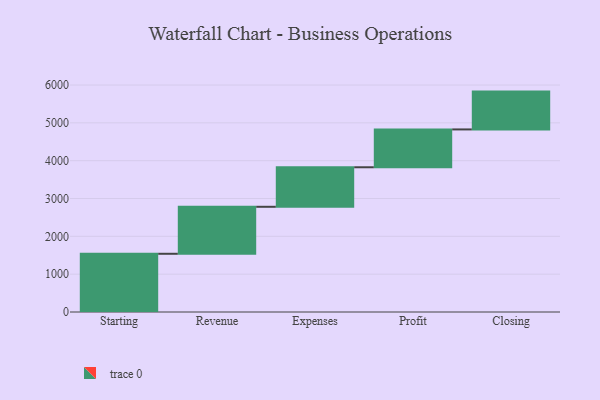
{"axis": {"x": "Step", "y": "Value"}, "legend": [""], "data": [{"x": "Starting", "y": 1539.0, "type": ""}, {"x": "Revenue", "y": 1242.0, "type": ""}, {"x": "Expenses", "y": 1045.0, "type": ""}, {"x": "Profit", "y": 1000, "type": ""}, {"x": "Closing", "y": 1000, "type": ""}]}